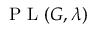
\mathrm { ~ P ~ L ~ } ( G , \lambda )